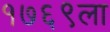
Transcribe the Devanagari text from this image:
१७६९ला